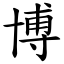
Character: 博